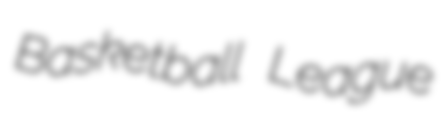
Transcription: Basketball League